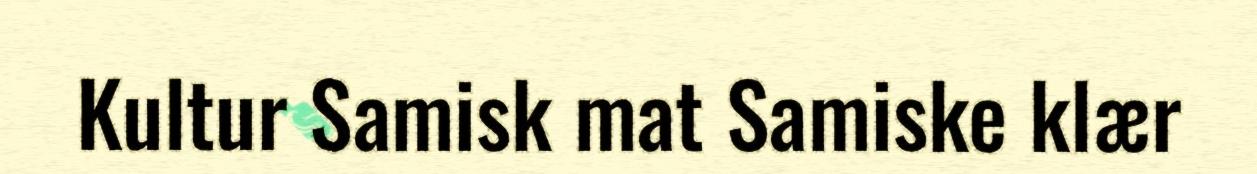
Kultur Samisk mat Samiske klær